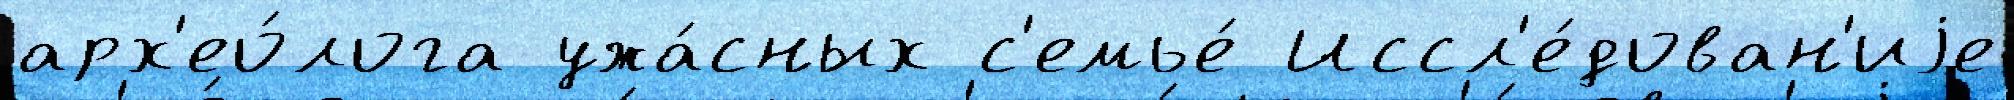
арх'ео́лога ужа́сных с'емье́ Иссл'е́дован'иjе